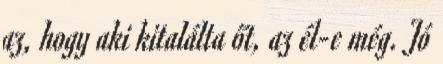
az, hogy aki kitalálta őt, az él-e még. Jó